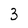
Character: 3